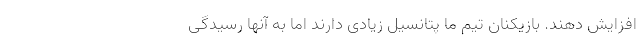
افزایش دهند. بازیکنان تیم ما پتانسیل زیادی دارند اما به آنها رسیدگی